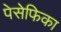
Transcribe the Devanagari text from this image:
पेसेफिका